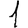
Digit: 1